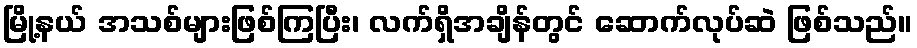
မြို့နယ် အသစ်များဖြစ်ကြပြီး၊ လက်ရှိအချိန်တွင် ဆောက်လုပ်ဆဲ ဖြစ်သည်။